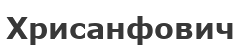
Хрисанфович